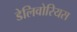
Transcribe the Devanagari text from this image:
डेलिवोरियस